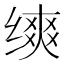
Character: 𬘾